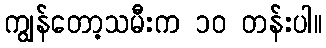
ကျွန်တော့သမီးက ၁၀ တန်းပါ။